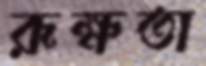
রূক্ষতা